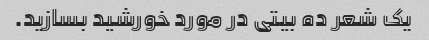
یک شعر ده بیتی در مورد خورشید بسازید.